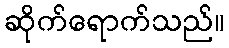
ဆိုက်ရောက်သည်။